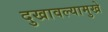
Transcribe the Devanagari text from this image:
दुखावल्यामुखे